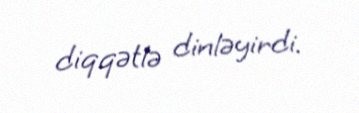
diqqətlə dinləyirdi.